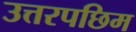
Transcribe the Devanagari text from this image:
उत्तरपछिम